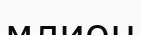
млион